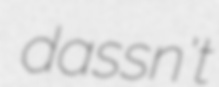
dassn't